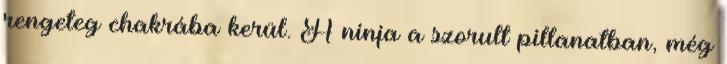
rengeteg chakrába kerül. A ninja a szorult pillanatban, még